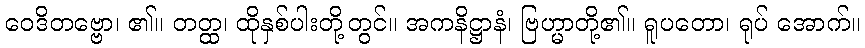
ဝေဒိတဗ္ဗော၊ ၏။ တတ္ထ၊ ထိုနှစ်ပါးတို့တွင်။ အကနိဋ္ဌာနံ၊ ဗြဟ္မာတို့၏။ ရူပတော၊ ရုပ် အောက်။